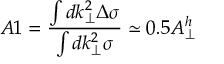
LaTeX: A 1 = \frac { \int d k _ { \perp } ^ { 2 } \Delta \sigma } { \int d k _ { \perp } ^ { 2 } \sigma } \simeq 0 . 5 A _ { \perp } ^ { h }